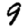
Digit: 9